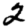
Digit: 2